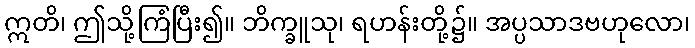
ဣတိ၊ ဤသို့ကြံပြီး၍။ ဘိက္ခူသု၊ ရဟန်းတို့၌။ အပ္ပသာဒဗဟုလော၊